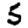
Digit: 5